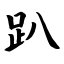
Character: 趴